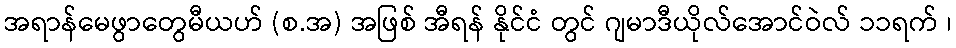
အရာန်မေဖွာတွေမီယဟ် (စ.အ) အဖြစ် အီရန် နိုင်ငံ တွင် ဂျမာဒီယိုလ်အောင်ဝဲလ် ၁၁ရက် ၊